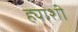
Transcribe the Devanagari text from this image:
ह्याशी